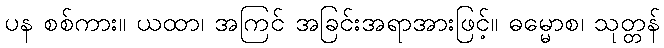
ပန စစ်ကား။ ယထာ၊ အကြင် အခြင်းအရာအားဖြင့်။ ဓမ္မောစ၊ သုတ္တန်